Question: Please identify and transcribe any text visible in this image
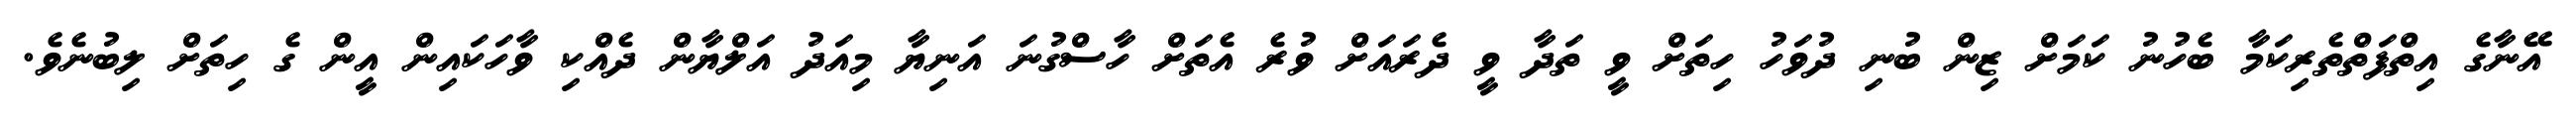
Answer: އޭނާގެ އިތްފަތްތެރިކަމާ ބެހުނު ކަމަށް ޒިން ބުނި ދުވަހު ހިތަށް ވީ ތަދާ ވީ ދެރައަށް ވުރެ އެތަށް ހާސްގުނަ އަނިޔާ މިއަދު އަލްޔާން ދެއްކި ވާހަކައިން އީން ގެ ހިތަށް ލިބުނެވެ.